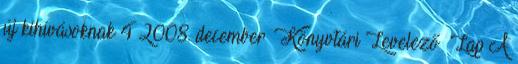
új kihívásoknak 4 2008. december – Könyvtári Levelező Lap A